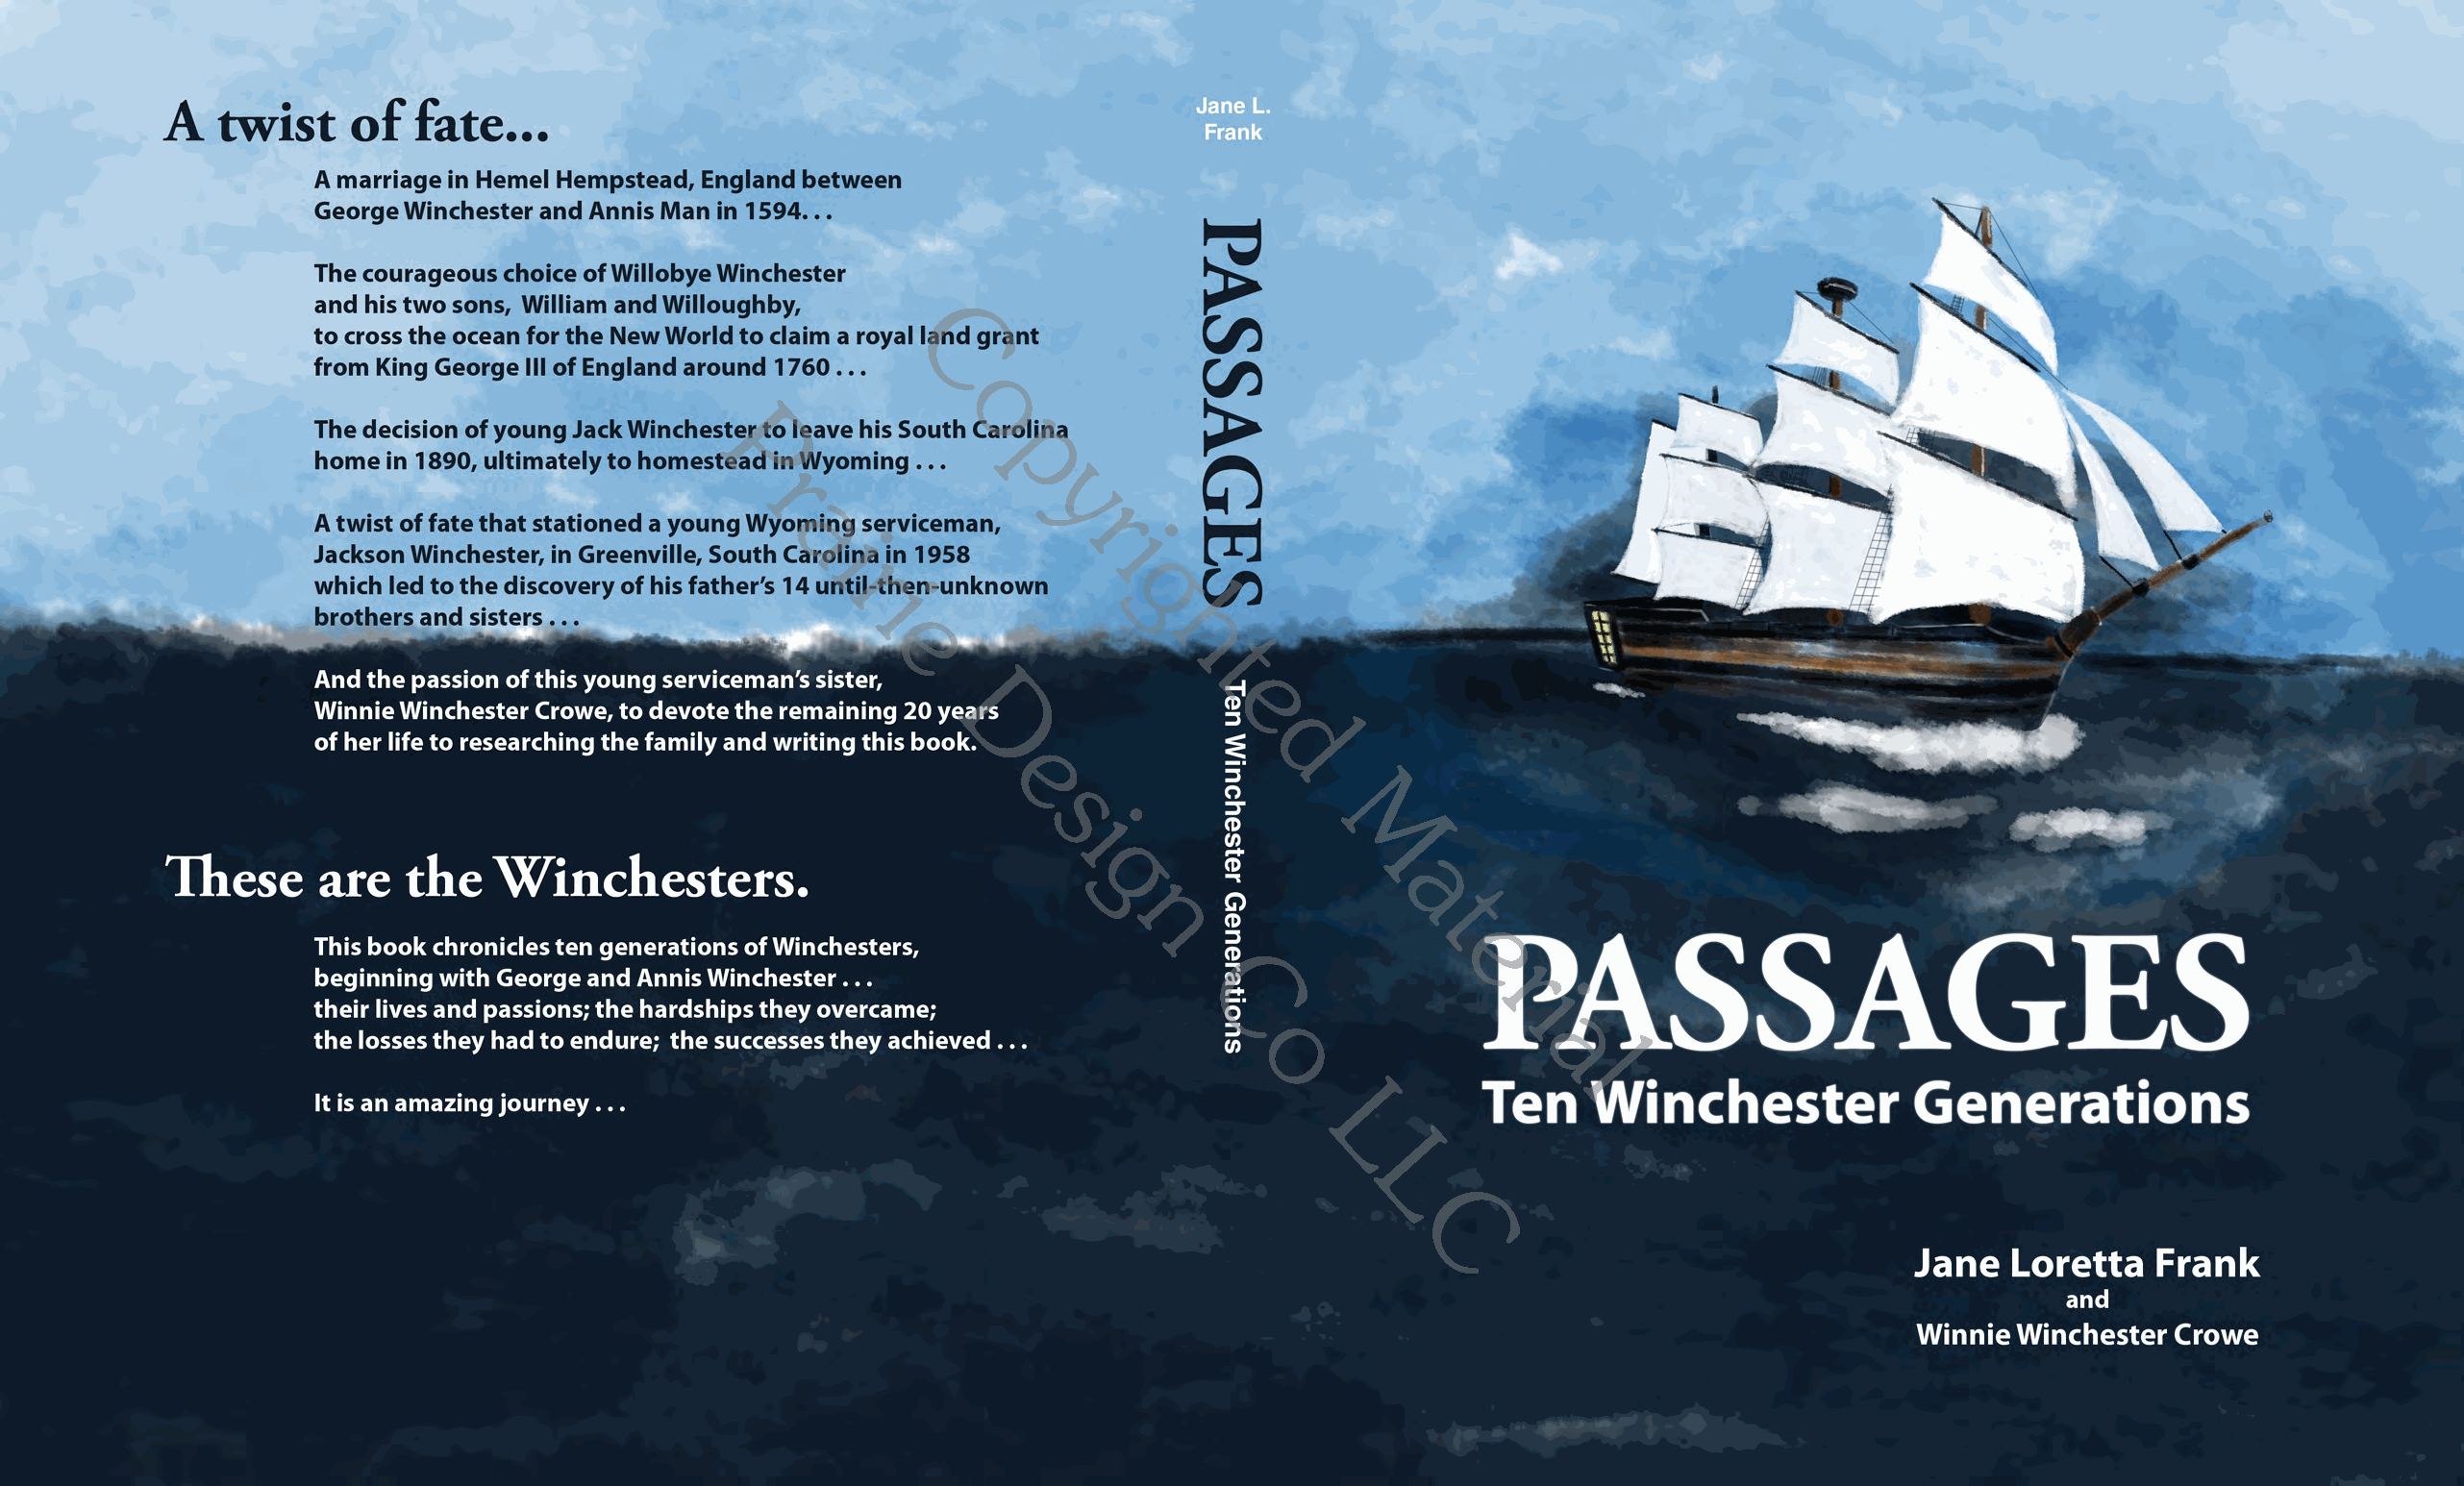
C
 o
 P                  p
 r                  y
 r
 a
 i
 i
 r
 g
 i
 h
 e
 t
 e
 D
 d
 e
 s
 i
 M
 g
 a
 t
 n
 e
 r
 C                     i
 a
 o
 l
 L
 L
 C